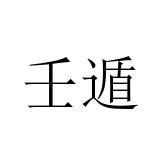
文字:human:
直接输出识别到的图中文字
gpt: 壬遁